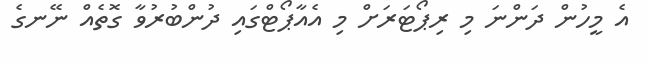
އެ މީހުން ދަންނަ މި ރިޕޯޓަރަށް މި އެއާޕޯޓްގައި ދުންބުރުވާ ގޮތެއް ނޭނގެ